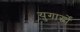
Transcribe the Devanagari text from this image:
युगार्द्धों